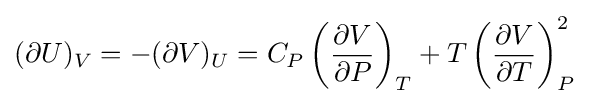
(\partial U)_{V}=-(\partial V)_{U}=C_{P}\left({\frac {\partial V}{\partial P}}\right)_{T}+T\left({\frac {\partial V}{\partial T}}\right)_{P}^{2}